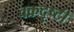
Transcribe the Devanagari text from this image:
वक्रदृष्टी